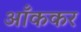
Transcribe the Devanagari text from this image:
आँककर